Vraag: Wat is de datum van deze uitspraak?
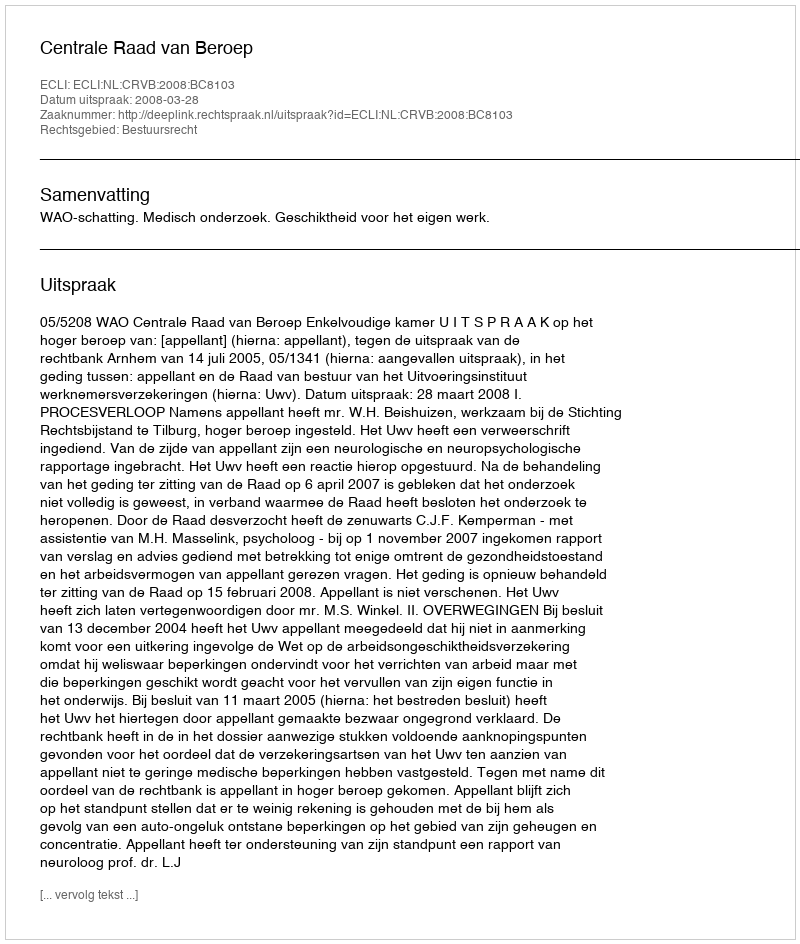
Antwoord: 2008-03-28